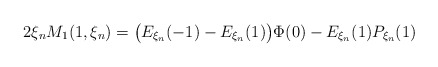
\begin{align*}2\xi_n M_1(1,\xi_n) = \big(E_{\xi_n}(-1)-E_{\xi_n}(1)\big)\Phi(0)- E_{\xi_n}(1)P_{\xi_n}(1)\end{align*}